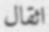
اثقال